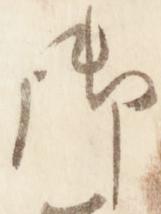
御